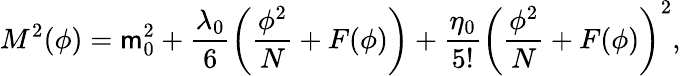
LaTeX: M^{2}(\phi)=\mathsf{m}_{0}^{2}+\frac{{\lambda_{0}}}{{6}}\left(\frac{{\phi^{2}}}{{N}}+F(\phi)\right)+\frac{{\eta_{0}}}{{5!}}\left(\frac{{\phi^{2}}}{{N}}+F(\phi)\right)^{2},